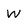
Character: W